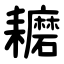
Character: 耱